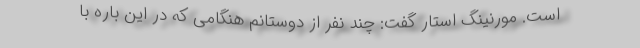
است. مورنینگ استار گفت: چند نفر از دوستانم هنگامی که در این باره با